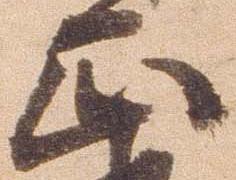
正